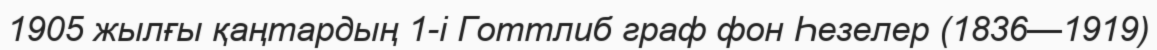
1905 жылғы қаңтардың 1-і Готтлиб граф фон Һезелер (1836—1919)